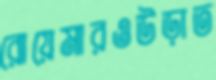
রোয়েমারওউড়াত